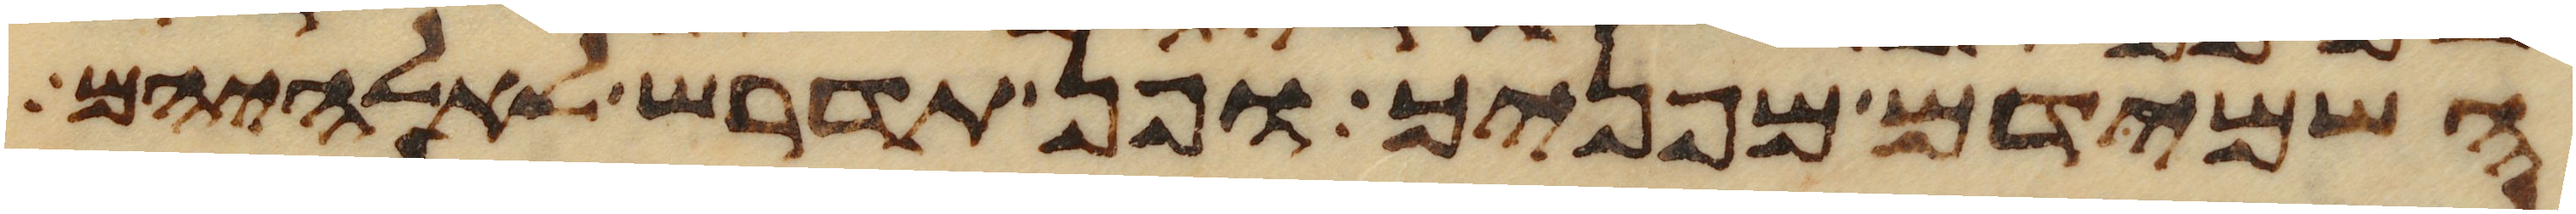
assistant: השמידם מפניך ופן תדרש לאלהיהם